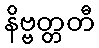
နိဗ္ဗတ္တတီ